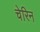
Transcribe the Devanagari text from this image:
चेरिन